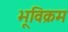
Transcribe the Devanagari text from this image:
भूविक्रम